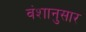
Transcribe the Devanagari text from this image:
वंशानुसार